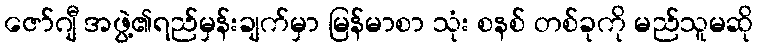
ဇော်ဂျီ အဖွဲ့၏ရည်မှန်းချက်မှာ မြန်မာစာ သုံး စနစ် တစ်ခုကို မည်သူမဆို